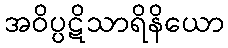
အဝိပ္ပဋိသာရိနိယော